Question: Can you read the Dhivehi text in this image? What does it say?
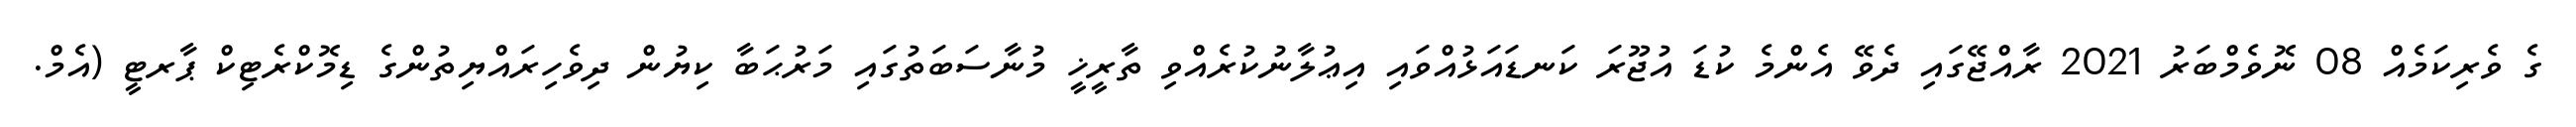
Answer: ގެ ވެރިކަމެއް 08 ނޮވެމްބަރު 2021 ރާއްޖޭގައި ދެވޭ އެންމެ ކުޑަ އުޖޫރަ ކަނޑައަޅުއްވައި އިޢުލާނުކުރެއްވި ތާރީޚީ މުނާސަބަތުގައި މަރުޙަބާ ކިޔުން ދިވެހިރައްޔިތުންގެ ޑިމޮކްރެޓިކް ޕާރޓީ (އެމް.